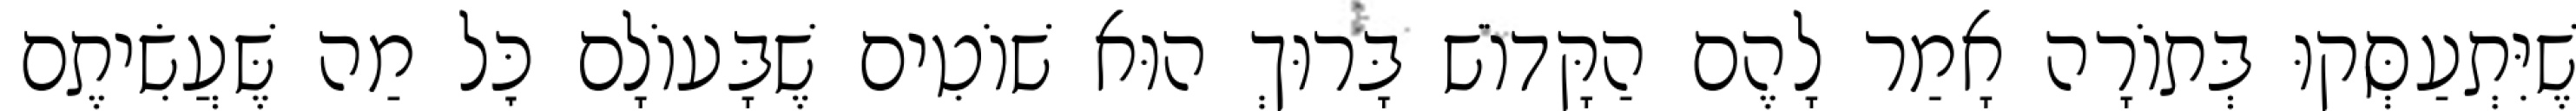
שֶׁיִּתְעַסְּקוּ בְּתוֹרָה אָמַר לָהֶם הַקָּדוֹשׁ בָּרוּךְ הוּא שׁוֹטִים שֶׁבָּעוֹלָם כׇּל מַה שֶּׁעֲשִׂיתֶם